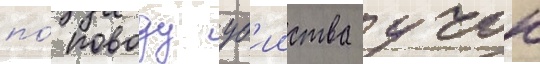
по́ поводу уб'ииства учок